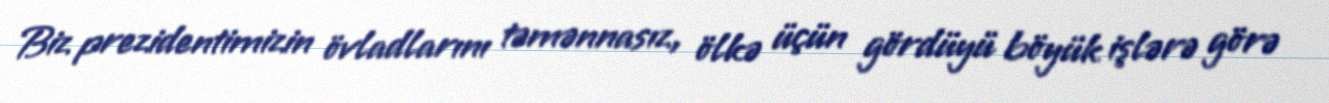
Biz prezidentimizin övladlarını təmənnasız, ölkə üçün gördüyü böyük işlərə görə